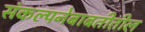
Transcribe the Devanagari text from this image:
संकल्पनेबाबतीतील